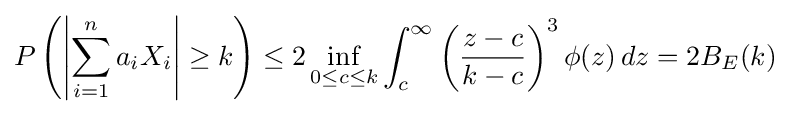
P\left(\left|\sum _{i=1}^{n}a_{i}X_{i}\right|\geq k\right)\leq 2\inf _{0\leq c\leq k}\int _{c}^{\infty }\left({\frac {z-c}{k-c}}\right)^{3}\phi (z)\,dz=2B_{E}(k)